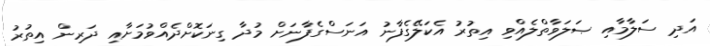
އަދި ސަލާމާއި ޞަލަވާތްލެއްވި އިތުރު އެކަލޭގެފާނު އަނަސްގެފާނަށް މުދާ ގިނަކޮށްދެއްވުމަށާއި ދަރިން އިތުރު